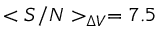
< S / N > _ { \Delta V } = 7 . 5